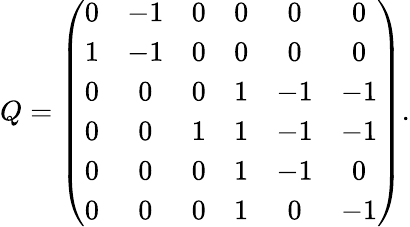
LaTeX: Q=\left(\begin{array}{ccccccr}{{0}}&{{-1}}&{{0}}&{{0}}&{{0}}&{{0}}\\ {{1}}&{{-1}}&{{0}}&{{0}}&{{0}}&{{0}}\\ {{0}}&{{0}}&{{0}}&{{1}}&{{-1}}&{{-1}}\\ {{0}}&{{0}}&{{1}}&{{1}}&{{-1}}&{{-1}}\\ {{0}}&{{0}}&{{0}}&{{1}}&{{-1}}&{{0}}\\ {{0}}&{{0}}&{{0}}&{{1}}&{{0}}&{{-1}}\end{array}\right).